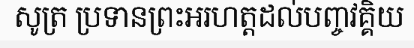
សូត្រ ប្រទានព្រះអរហត្តដល់បញ្ចវគ្គិយ